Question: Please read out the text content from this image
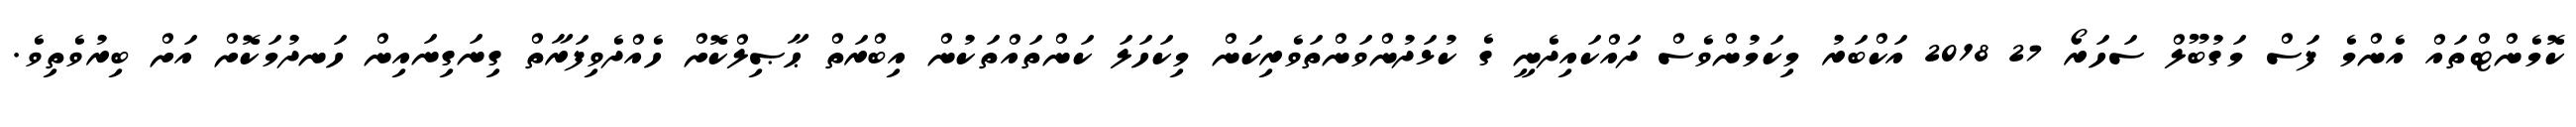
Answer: ކޮމެންޓްތައް އެންމެ ފަސް މަގުބޫލް ސަހަރޯ 27 2018 އަކްބަރު މިކަމުންވެސް ދައްކައިދެނީ ގެ ކުޅަދުންވަންތަވެރިކަން މިކަހަލަ ކަންތައްތަކުން އިބްރަތް ޙާޞިލްކޮށް ހެއްދެވިފަރާތް ގިނަގިނައިން ހަނދުމަކޮށް އަށް ބިރުވެތިވެ.